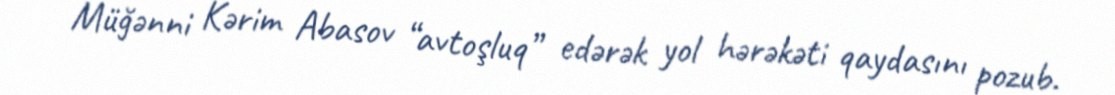
Müğənni Kərim Abasov “avtoşluq” edərək yol hərəkəti qaydasını pozub.